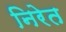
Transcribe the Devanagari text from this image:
निरेत